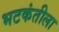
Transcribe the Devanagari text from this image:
भटकंतीला